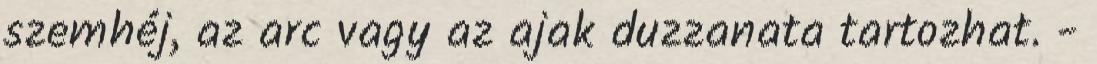
szemhéj, az arc vagy az ajak duzzanata tartozhat. -